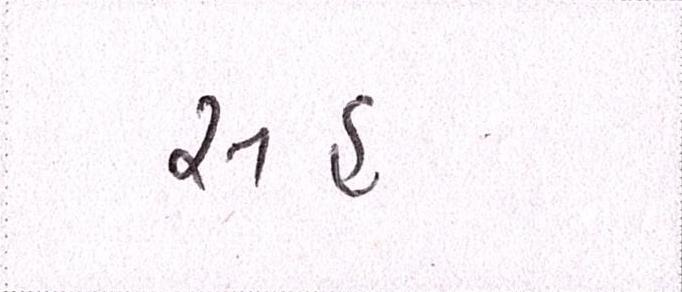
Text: સહુ